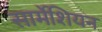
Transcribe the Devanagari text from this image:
सार्मेशियन